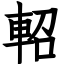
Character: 軺